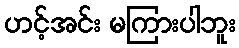
ဟင့်အင်း မကြားပါဘူး